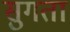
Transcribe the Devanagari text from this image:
सुगता